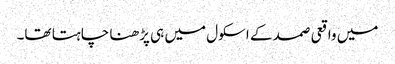
میں واقعی صمد کے اسکول میں ہی پڑھنا چاہتا تھا۔